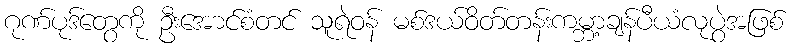
ဂုဏ်ပုဒ်တွေကို ဦးအောင်စံတင် သူရဲဝန် မစ်ဒယ်ဝိတ်တန်းကမ္ဘာ့ချန်ပီယံလုပွဲအဖြစ်